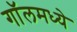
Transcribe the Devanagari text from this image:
गॉलमध्ये